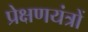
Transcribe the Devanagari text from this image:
प्रेक्षणयंत्रों